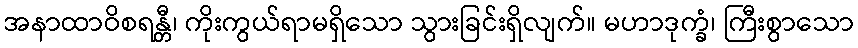
အနာထာဝိစရန္တီ၊ ကိုးကွယ်ရာမရှိသော သွားခြင်းရှိလျက်။ မဟာဒုက္ခံ၊ ကြီးစွာသော